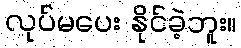
လုပ်မပေး နိုင်ခဲ့ဘူး။